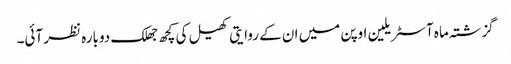
گزشتہ ماہ آسٹریلین اوپن میں ان کے روایتی کھیل کی کچھ جھلک دوبارہ نظر آئی۔